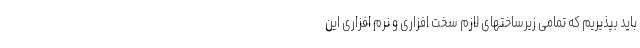
باید بپذیریم که تمامی زیرساختهای لازم سخت افزاری و نرم افزاری این